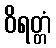
ဝိရတ္တံ